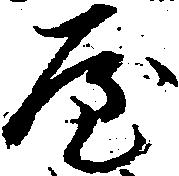
屋